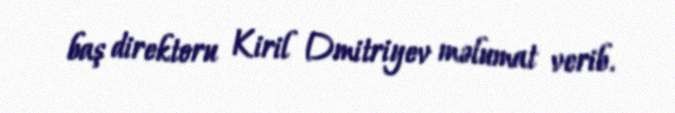
baş direktoru Kiril Dmitriyev məlumat verib.